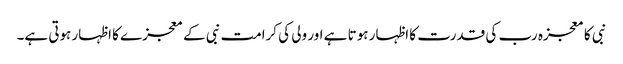
نبی کا معجزہ رب کی قدرت کا اظہار ہوتا ہے اور ولی کی کرامت نبی کے معجزے کا اظہار ہوتی ہے۔